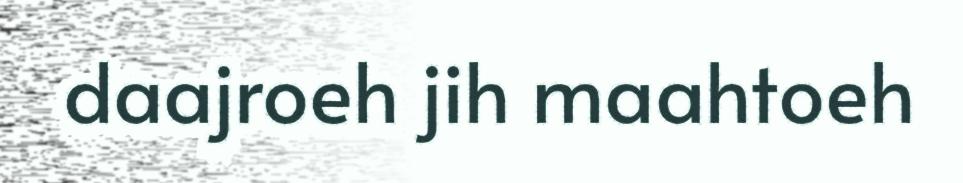
daajroeh jih maahtoeh